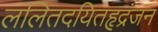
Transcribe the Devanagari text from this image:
ललितदयितहृद्रंजन